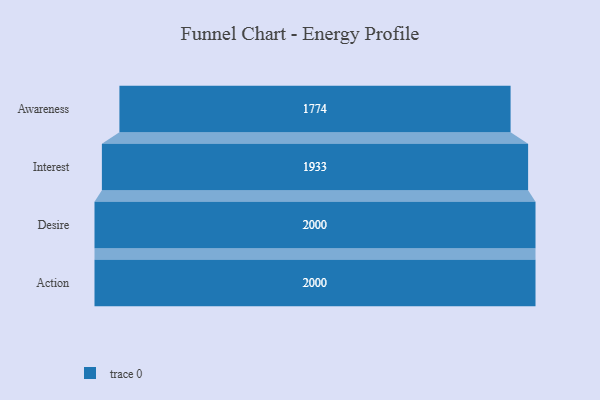
{"axis": {"x": "Stage", "y": "Value"}, "legend": [""], "data": [{"x": "Awareness", "y": 1774.0, "type": ""}, {"x": "Interest", "y": 1933.0, "type": ""}, {"x": "Desire", "y": 2000, "type": ""}, {"x": "Action", "y": 2000, "type": ""}]}